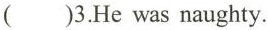
()3.He was naughty.